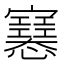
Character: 𢥛